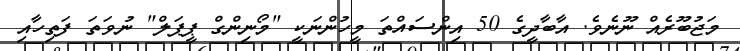
މަޖުބޫރެއް ނޫނެވެ. އާބާދީގެ 50 އިންސައްތަ މީހުންނަކީ "މޯނިންގް ޕީޕަލް" ނުވަތަ ފަތިހާއި